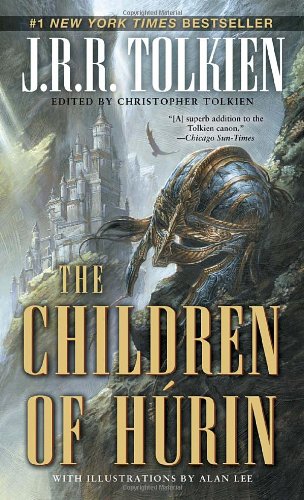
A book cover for The Children of HÃºrin (Pre-Lord of the Rings); J. R. R. Tolkien; Science Fiction & Fantasy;